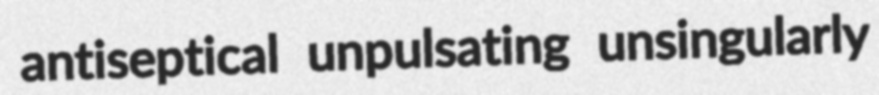
antiseptical unpulsating unsingularly